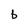
Character: b